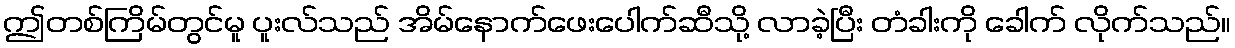
ဤတစ်ကြိမ်တွင်မူ ပူးလ်သည် အိမ်နောက်ဖေးပေါက်ဆီသို့ လာခဲ့ပြီး တံခါးကို ခေါက် လိုက်သည်။